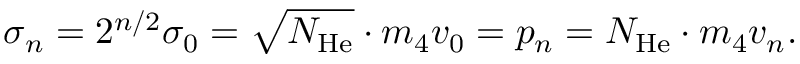
\sigma _ { n } = 2 ^ { n / 2 } \sigma _ { 0 } = \sqrt { N _ { \mathrm { H e } } } \cdot m _ { 4 } v _ { 0 } = p _ { n } = N _ { \mathrm { H e } } \cdot m _ { 4 } v _ { n } .